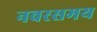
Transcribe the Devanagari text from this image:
नवरसमय